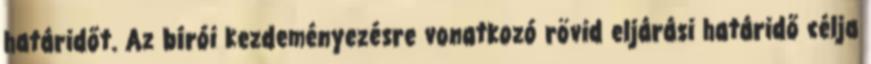
határidőt. Az bírói kezdeményezésre vonatkozó rövid eljárási határidő célja